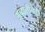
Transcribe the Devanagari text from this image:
अब्दालीनेही